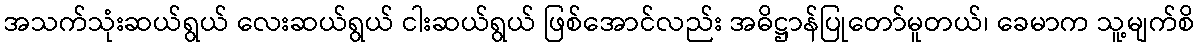
အသက်သုံးဆယ်ရွယ် လေးဆယ်ရွယ် ငါးဆယ်ရွယ် ဖြစ်အောင်လည်း အဓိဋ္ဌာန်ပြုတော်မူတယ်၊ ခေမာက သူ့မျက်စိ